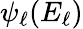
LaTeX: \psi_{\ell}(E_{\ell})